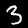
Label: 3